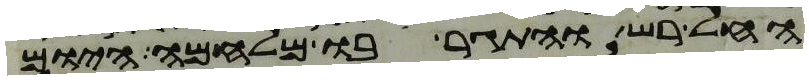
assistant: החל רש והתגר בו מלחמה היום